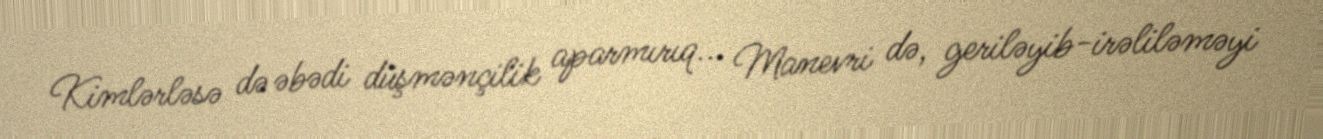
Kimlərləsə də əbədi düşmənçilik aparmırıq... Manevri də, geriləyib-irəliləməyi